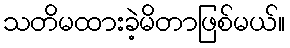
သတိမထားခဲ့မိတာဖြစ်မယ်။